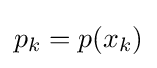
p_{k}=p(x_{k})